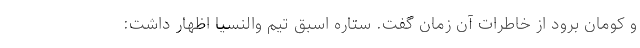
و کومان برود از خاطرات آن زمان گفت. ستاره اسبق تیم والنسیا اظهار داشت: